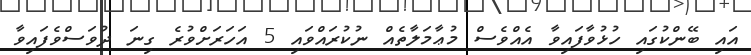
އައި ބޭންކުގައި ހުޅުވާފައިވާ އެއްވެސް މުޢާމަލާތެއް ނުކުރައްވައި 5 އަހަރަށްވުރެ ގިނަ ދުވަސްވެފައިވާ